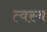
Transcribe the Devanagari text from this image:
त्वस्य